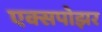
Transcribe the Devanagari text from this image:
एक्सपोझर